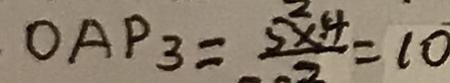
O A P _ { 3 } = \frac { 5 \times 4 } { 2 } = 1 0